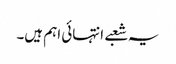
یہ شعبے انتہائی اہم ہیں۔